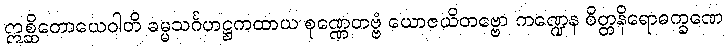
ဣစ္ဆိတောယေဝါတိ ဓမ္မသင်္ဂဟဋ္ဌကထာယ စုဏ္ဏေတဗ္ဗံ ယောဇယိတဗ္ဗော ကဏ္ဍေန စိတ္တနိရောဓက္ခဏေ